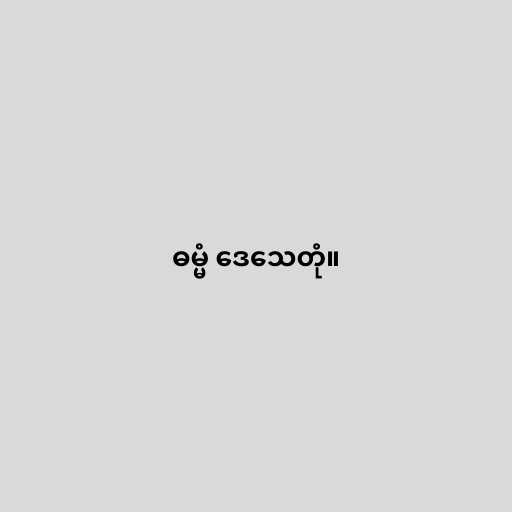
ဓမ္မံ ဒေသေတုံ။